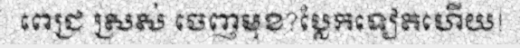
ពេជ្រ ស្រស់ ចេញមុខ?ប្លែកទៀតហើយ!